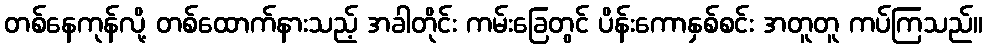
တစ်နေကုန်လို့ တစ်ထောက်နားသည့် အခါတိုင်း ကမ်းခြေတွင် ပိန်းကောနှစ်စင်း အတူတူ ကပ်ကြသည်။